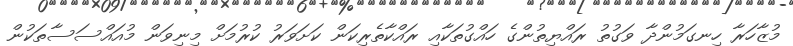
މުޒާހަރާ ހިނގަމުންދާ ވަގުތު ރައްޔިތުންގެ ހައްގުތަކާއި ރައްކާތެރިކަން ކަށަވަރު ކުރުމަށް މިނިވަން މުއައްސަސާތަކުން